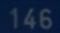
146